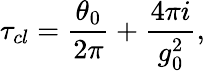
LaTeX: \tau_{cl}={\frac{\theta_{0}}{2\pi}}+{\frac{4\pi i}{g_{0}^{2}}},